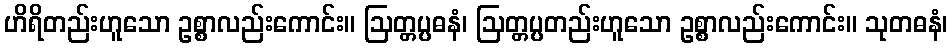
ဟိရိတည်းဟူသော ဥစ္စာလည်းကောင်း။ ဩတ္တပ္ပဓနံ၊ ဩတ္တပ္ပတည်းဟူသော ဥစ္စာလည်းကောင်း။ သုတဓနံ၊